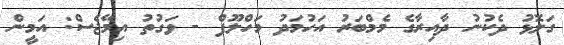
ގަލޮޅު ދެކުނު ދާއިރާގެ މެމްބަރު އަހުމަދު މަހްލޫފް - ވަގުތު އިމޭޖެސް: އަމީން